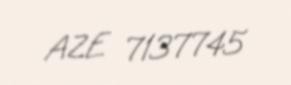
AZE 7137745